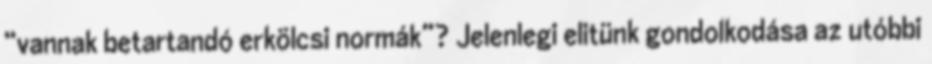
“vannak betartandó erkölcsi normák”? Jelenlegi elitünk gondolkodása az utóbbi